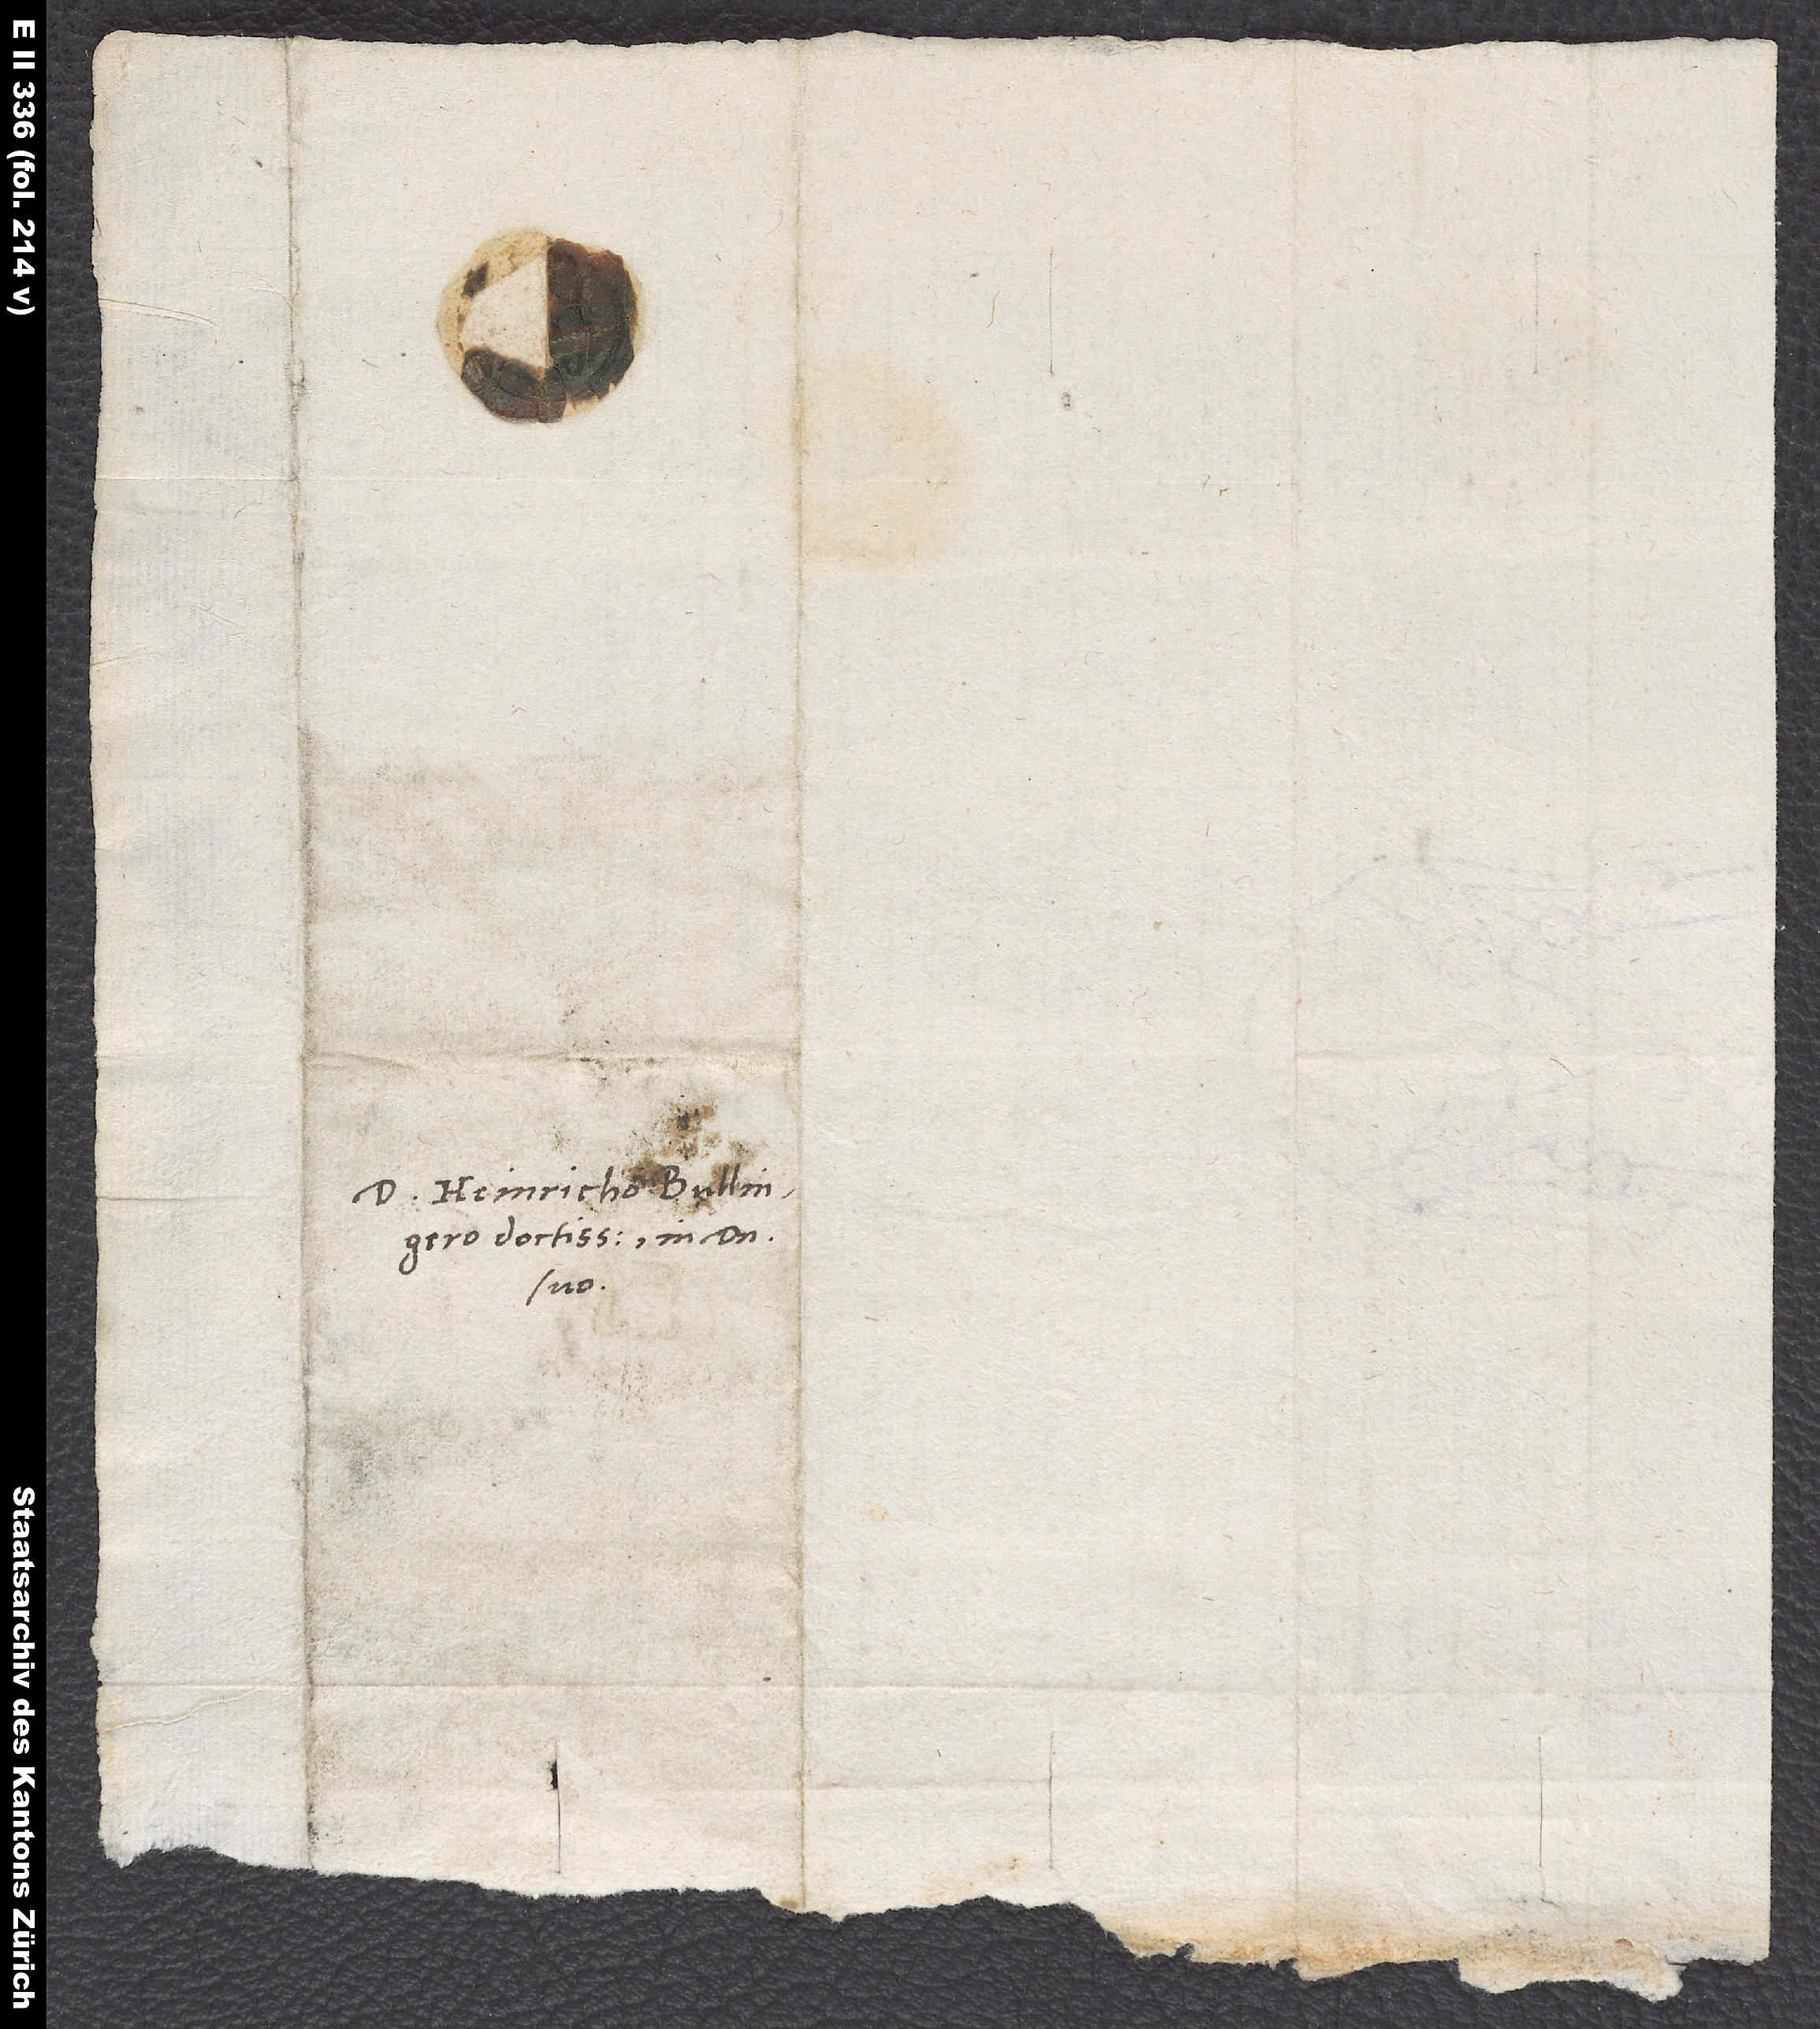
D. Heinricho Bullingero
doctissimo, in domino
suo.